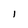
Character: l